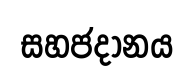
සහජදානය